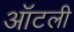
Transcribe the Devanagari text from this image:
ऑटली